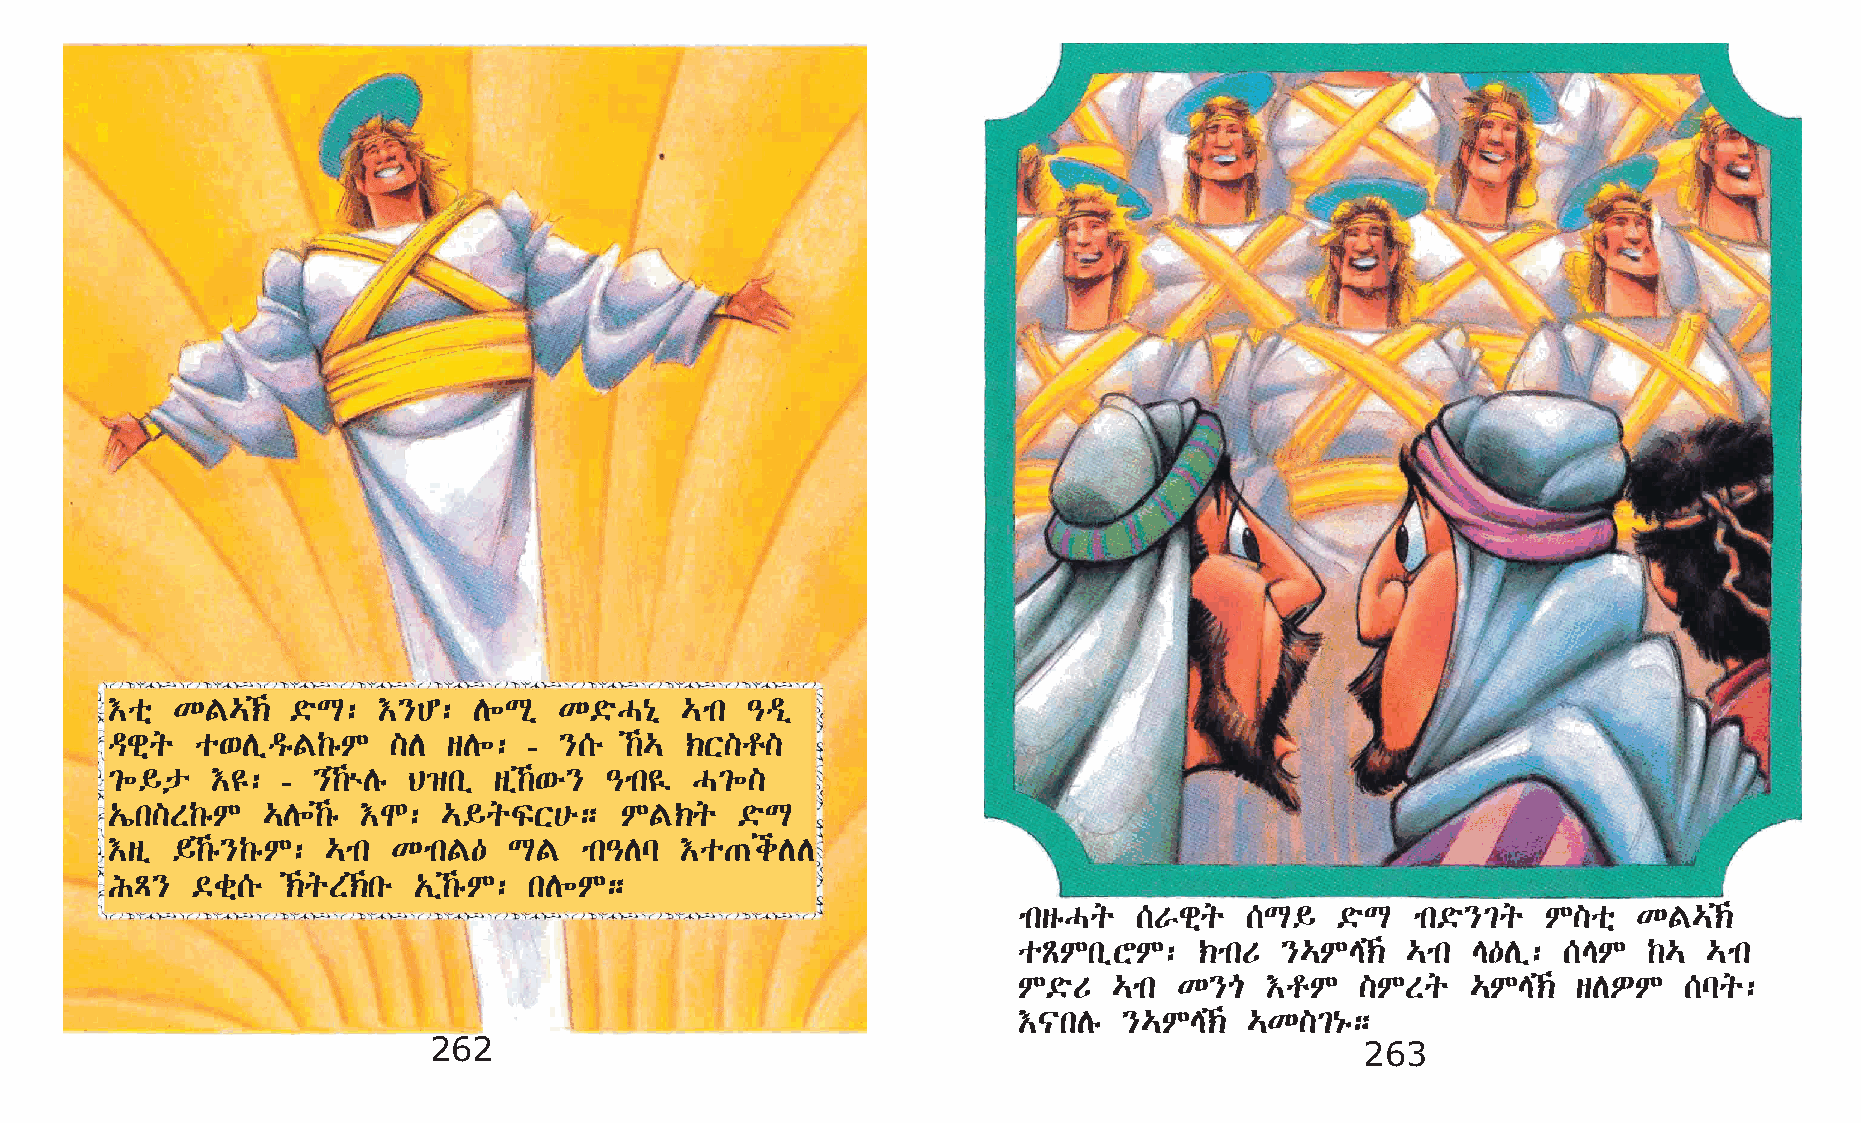
†oñ KF…‹   ©öL:  †}C:  D÷Lð  K©öH{ð  …mk –ªï
 ªgñq  o‘DïªêF‰êM   ]D  sD÷: - }[é ‰… ‹X]r]
 ²÷§p   †£:  - }‰ùDê B›kï sï‰‘é} –mk¤ H²÷]
 „ík]S‰êM  …D÷‰ê †N:  …§qÏX@é;    MF‹q    ©öL
 †sï §‰ê}‰êM:  …mk KmkF—   LF  mk–Dl  †o·iDD
 IÄ}   ©cñ[é ‹qS‹ké „ï‰êM: kD÷M;
 mksêHq  [Vgñq   [L§   ©öL  mk©ö}²q M]oñ  KF…‹
 oÃMkïYM:    ‹mkU  }…ME‹  …mk E—Dï: [EM   ‰…  …mk
 M©öU   …mk K}µ   †rM   ]MSq   …ME‹  sDÈM   [lq:
 †|kDê  }…ME‹   …K]²{ê;
 262                                                           263